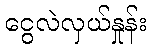
ငွေလဲလှယ်နှုန်း